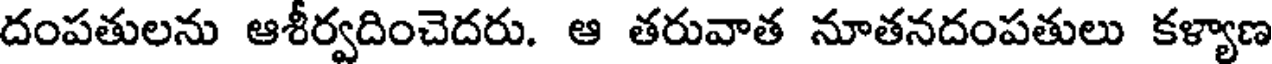
దంపతులను ఆశీర్వదించెదరు. ఆ తరువాత నూతనదంపతులు కళ్యాణ